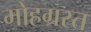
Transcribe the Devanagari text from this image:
मोहग्रस्त